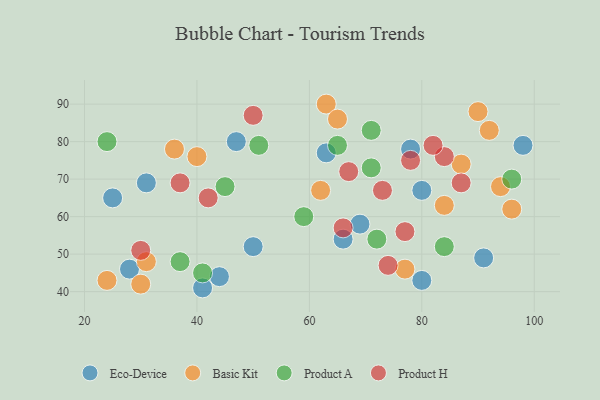
{"axis": {"x": "GDP", "y": "Life Expectancy"}, "legend": ["Basic Kit", "Eco-Device", "Product A", "Product H"], "data": [{"x": "80", "y": 67, "type": "Eco-Device"}, {"x": "31", "y": 69, "type": "Eco-Device"}, {"x": "47", "y": 80, "type": "Eco-Device"}, {"x": "50", "y": 52, "type": "Eco-Device"}, {"x": "91", "y": 49, "type": "Eco-Device"}, {"x": "44", "y": 44, "type": "Eco-Device"}, {"x": "66", "y": 54, "type": "Eco-Device"}, {"x": "69", "y": 58, "type": "Eco-Device"}, {"x": "80", "y": 43, "type": "Eco-Device"}, {"x": "28", "y": 46, "type": "Eco-Device"}, {"x": "78", "y": 78, "type": "Eco-Device"}, {"x": "25", "y": 65, "type": "Eco-Device"}, {"x": "98", "y": 79, "type": "Eco-Device"}, {"x": "63", "y": 77, "type": "Eco-Device"}, {"x": "41", "y": 41, "type": "Eco-Device"}, {"x": "87", "y": 74, "type": "Basic Kit"}, {"x": "24", "y": 43, "type": "Basic Kit"}, {"x": "30", "y": 42, "type": "Basic Kit"}, {"x": "31", "y": 48, "type": "Basic Kit"}, {"x": "63", "y": 90, "type": "Basic Kit"}, {"x": "90", "y": 88, "type": "Basic Kit"}, {"x": "92", "y": 83, "type": "Basic Kit"}, {"x": "65", "y": 86, "type": "Basic Kit"}, {"x": "36", "y": 78, "type": "Basic Kit"}, {"x": "96", "y": 62, "type": "Basic Kit"}, {"x": "84", "y": 63, "type": "Basic Kit"}, {"x": "77", "y": 46, "type": "Basic Kit"}, {"x": "62", "y": 67, "type": "Basic Kit"}, {"x": "40", "y": 76, "type": "Basic Kit"}, {"x": "94", "y": 68, "type": "Basic Kit"}, {"x": "71", "y": 73, "type": "Product A"}, {"x": "45", "y": 68, "type": "Product A"}, {"x": "65", "y": 79, "type": "Product A"}, {"x": "41", "y": 45, "type": "Product A"}, {"x": "59", "y": 60, "type": "Product A"}, {"x": "24", "y": 80, "type": "Product A"}, {"x": "96", "y": 70, "type": "Product A"}, {"x": "71", "y": 83, "type": "Product A"}, {"x": "84", "y": 52, "type": "Product A"}, {"x": "37", "y": 48, "type": "Product A"}, {"x": "72", "y": 54, "type": "Product A"}, {"x": "51", "y": 79, "type": "Product A"}, {"x": "87", "y": 69, "type": "Product H"}, {"x": "66", "y": 57, "type": "Product H"}, {"x": "77", "y": 56, "type": "Product H"}, {"x": "67", "y": 72, "type": "Product H"}, {"x": "84", "y": 76, "type": "Product H"}, {"x": "42", "y": 65, "type": "Product H"}, {"x": "30", "y": 51, "type": "Product H"}, {"x": "78", "y": 75, "type": "Product H"}, {"x": "73", "y": 67, "type": "Product H"}, {"x": "82", "y": 79, "type": "Product H"}, {"x": "50", "y": 87, "type": "Product H"}, {"x": "37", "y": 69, "type": "Product H"}, {"x": "74", "y": 47, "type": "Product H"}]}